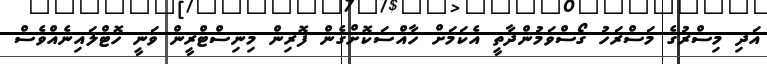
އަދި މިސްރުގެ މަސްރަހު ގޯސްވަމުންދާތީ އެކަމަށް ހާއްސަކޮށްގެން ފޮރިން މިނިސްޓްރީން ވަނީ ހޮޓްލައިނެއްވެސް